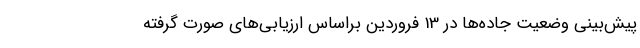
پیش‌بینی وضعیت جاده‌ها در 13 فروردین براساس ارزیابی‌های صورت گرفته